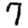
Digit: 7